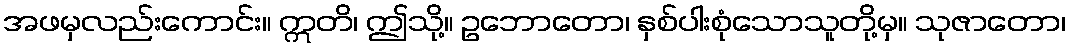
အဖမှလည်းကောင်း။ ဣတိ၊ ဤသို့။ ဥဘောတော၊ နှစ်ပါးစုံသောသူတို့မှ။ သုဇာတော၊